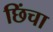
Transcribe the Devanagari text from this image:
छिंचा